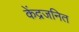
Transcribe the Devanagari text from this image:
केंद्रजनित